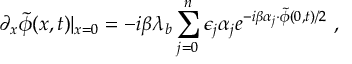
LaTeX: \partial _ { x } \tilde { \phi } ( x , t ) | _ { x = 0 } = - i \beta \lambda _ { b } \sum _ { j = 0 } ^ { n } \epsilon _ { j } \alpha _ { j } e ^ { - i \beta \alpha _ { j } \cdot \tilde { \phi } ( 0 , t ) / 2 } \ ,